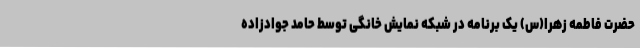
حضرت فاطمه زهرا(س) یک برنامه در شبکه نمایش خانگی توسط حامد جوادزاده